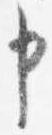
申